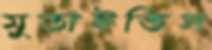
মুতাইতিস